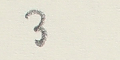
3